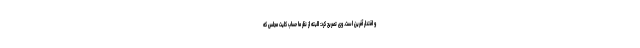
و اقتدار آفرین است. وی تصریح کرد: البته از نظر ما حساب کلیت مجلس که